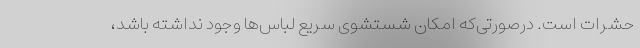
حشرات است. درصورتی‌كه امكان شستشوی سریع لباس‌ها وجود نداشته باشد،